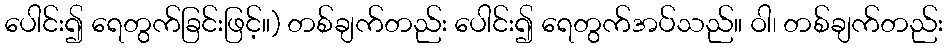
ပေါင်း၍ ရေတွက်ခြင်းဖြင့်။) တစ်ချက်တည်း ပေါင်း၍ ရေတွက်အပ်သည်။ ဝါ၊ တစ်ချက်တည်း